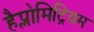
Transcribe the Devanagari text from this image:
हैप्लोमिट्रियम